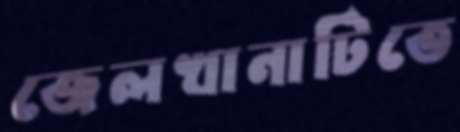
জেলখানাটিতে